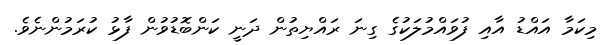
މިކަމާ އައްޑު އާއި ފުވައްމުލަކުގެ ގިނަ ރައްޔިތުން ދަނީ ކަންބޮޑުވުން ފާޅު ކުރަމުންނެވެ.